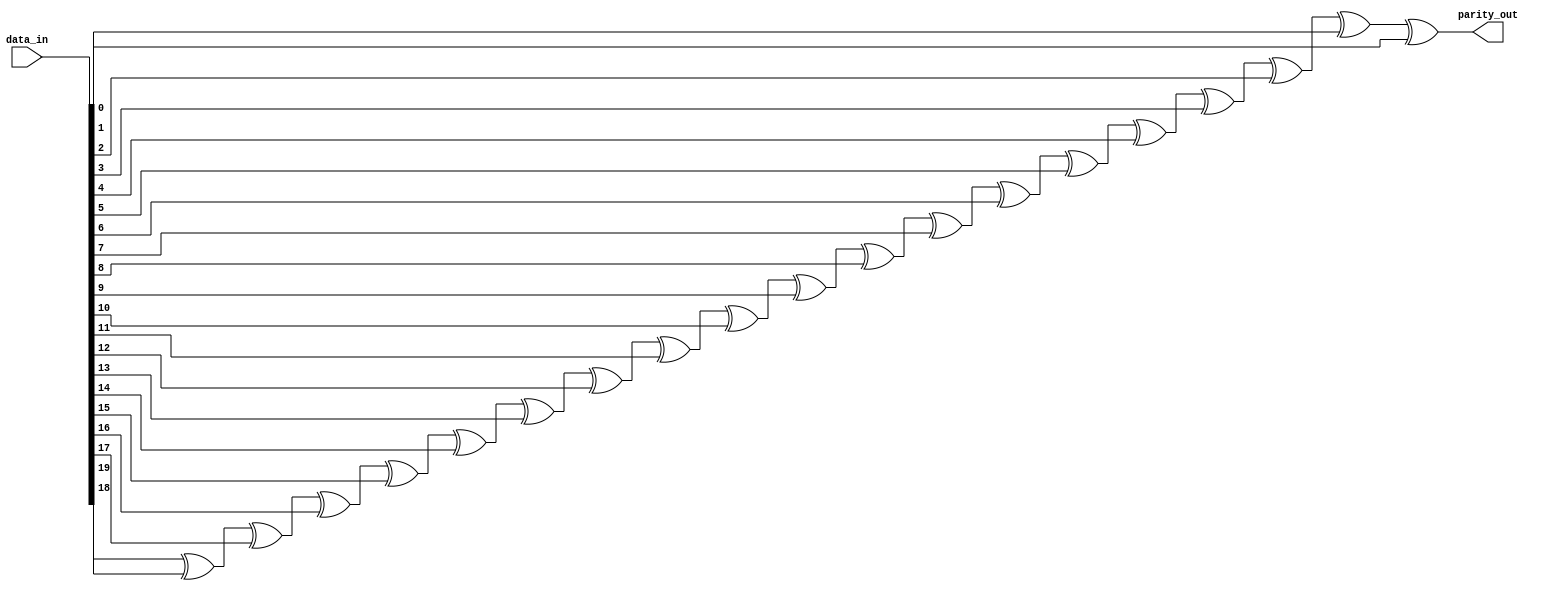
module rveven_paritygen_WIDTH20
(
  data_in,
  parity_out
);

  input [19:0] data_in;
  output parity_out;
  wire parity_out,N0,N1,N2,N3,N4,N5,N6,N7,N8,N9,N10,N11,N12,N13,N14,N15,N16,N17;
  assign parity_out = N17 ^ data_in[0];
  assign N17 = N16 ^ data_in[1];
  assign N16 = N15 ^ data_in[2];
  assign N15 = N14 ^ data_in[3];
  assign N14 = N13 ^ data_in[4];
  assign N13 = N12 ^ data_in[5];
  assign N12 = N11 ^ data_in[6];
  assign N11 = N10 ^ data_in[7];
  assign N10 = N9 ^ data_in[8];
  assign N9 = N8 ^ data_in[9];
  assign N8 = N7 ^ data_in[10];
  assign N7 = N6 ^ data_in[11];
  assign N6 = N5 ^ data_in[12];
  assign N5 = N4 ^ data_in[13];
  assign N4 = N3 ^ data_in[14];
  assign N3 = N2 ^ data_in[15];
  assign N2 = N1 ^ data_in[16];
  assign N1 = N0 ^ data_in[17];
  assign N0 = data_in[19] ^ data_in[18];

endmodule